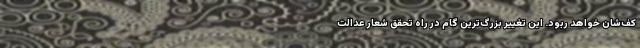
كف‌شان خواهد ربود. این تغییر بزرگ‌ترين گام در راه تحقق شعار عدالت